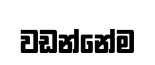
වඩන්නේම